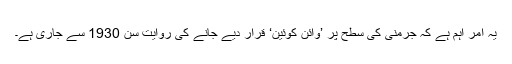
يہ امر اہم ہے کہ جرمنی کی سطح پر ’وائن کوئين‘ قرار ديے جانے کی روايت سن 1930 سے جاری ہے۔